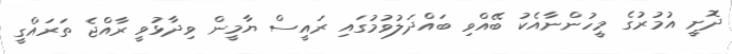
ދޮށީ އުމުރުގެ މީހުންނާއެކު ބޭއްވި ބައްދަލުވުމުގަައި ރައީސް ޔާމީން ވިދާޅުވީ ރާއްޖެ ތަރައްގީ